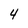
Character: 4